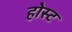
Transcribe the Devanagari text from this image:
होस्‍ट